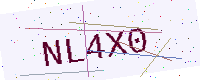
Text: NL4X0